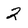
Character: 2